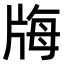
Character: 𤗆